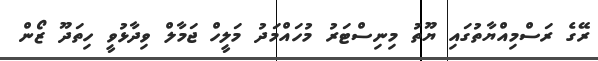
ރޭގެ ރަސްމިއްޔާތުގައި ޔޫތު މިނިސްޓަރު މުހައްމަދު މަލީހް ޖަމާލް ވިދާޅުވީ ހިތަދޫ ޒޯން